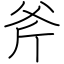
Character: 斧